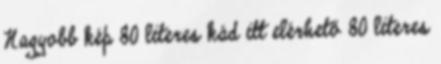
Nagyobb kép 80 literes kád itt elérhető 80 literes